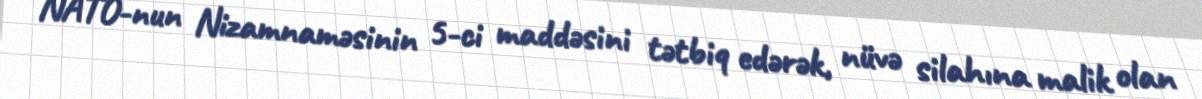
NATO-nun Nizamnaməsinin 5-ci maddəsini tətbiq edərək, nüvə silahına malik olan